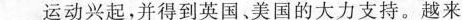
\underline运动兴起，并得到英国。美国的大力支持。越来